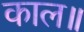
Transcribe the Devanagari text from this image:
काल॥